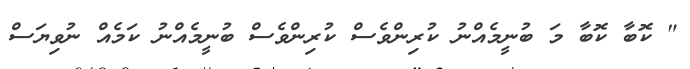
" ކޮބާ ކޮބާ މަ ބުނީމެއްނު ކުރިންވެސް ކުރިންވެސް ބުނީމެއްނު ކަމެއް ނުވިޔަސް